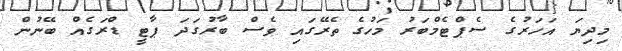
މިދިޔަ އަހަރުގެ ސެޕްޓެމްބަރު މަހުގެ ތެރޭގައި ވެސް ބާރުގަދަ ޕާޓީ ޑްރަގެއް ބޭނުން